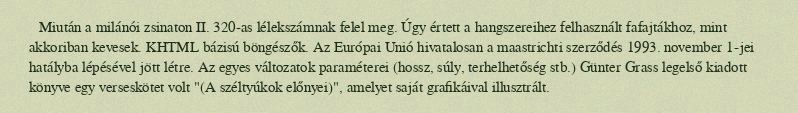
Miután a milánói zsinaton II. 320-as lélekszámnak felel meg. Úgy értett a hangszereihez felhasznált fafajtákhoz, mint akkoriban kevesek. KHTML bázisú böngészők. Az Európai Unió hivatalosan a maastrichti szerződés 1993. november 1-jei hatályba lépésével jött létre. Az egyes változatok paraméterei (hossz, súly, terhelhetőség stb.) Günter Grass legelső kiadott könyve egy verseskötet volt "(A széltyúkok előnyei)", amelyet saját grafikáival illusztrált.